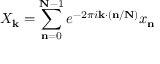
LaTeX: X _ { \mathbf { k } } = \sum _ { \mathbf { n } = 0 } ^ { \mathbf { N } - 1 } e ^ { - 2 \pi i \mathbf { k } \cdot ( \mathbf { n } / \mathbf { N } ) } x _ { \mathbf { n } }